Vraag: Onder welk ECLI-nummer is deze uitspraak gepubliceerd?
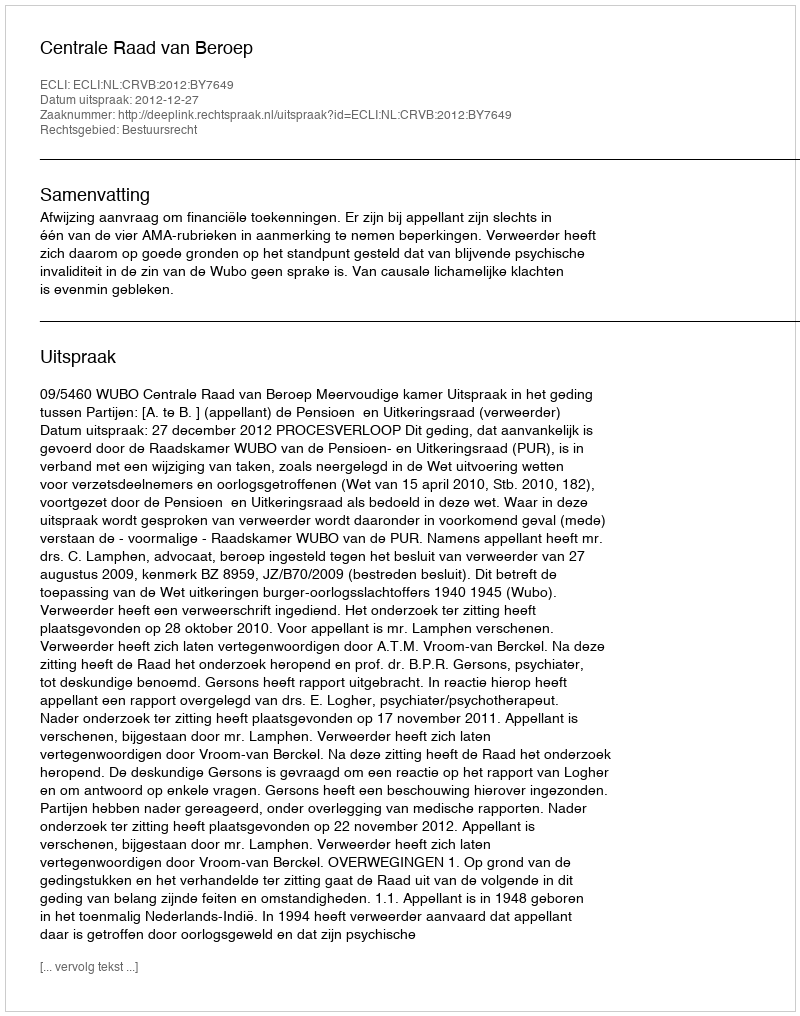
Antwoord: ECLI:NL:CRVB:2012:BY7649